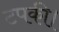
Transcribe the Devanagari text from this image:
टपकी।